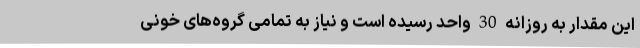
این مقدار به روزانه 30 واحد رسیده است و نیاز به تمامی گروه‌های خونی